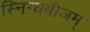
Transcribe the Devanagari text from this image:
स्निग्धबीजम्